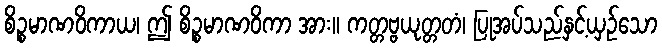
စိဉ္စမာဏဝိကာယ၊ ဤ စိဉ္စမာဏဝိကာ အား။ ကတ္တဗ္ဗယုတ္တတံ၊ ပြုအပ်သည်နှင့်ယှဉ်သော